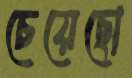
চেয়েছো